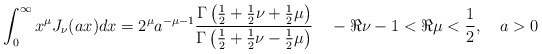
\begin{align*}\int_{0}^{\infty}x^\mu J_\nu(a x)dx = 2^\mu a^{-\mu-1}\frac{\Gamma\left(\frac{1}{2}+\frac{1}{2}\nu +\frac{1}{2}\mu\right )}{\Gamma\left(\frac{1}{2}+\frac{1}{2}\nu- \frac{1}{2}\mu\right )}\quad - \Re \nu -1 <\Re \mu <\frac{1}{2}, \quad a>0\end{align*}